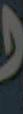
)